Leaving Certificate Examination, 1923
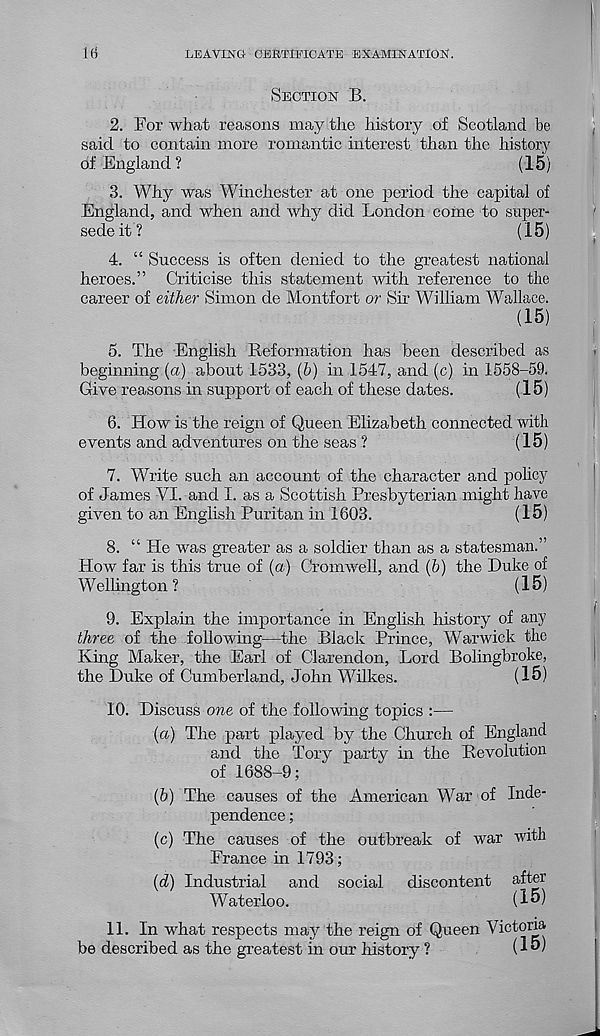
16
LEAVING CERTIFICATE EXAMINATION.
SECTION B.
2. For what reasons may the history of Scotland be
said to contain more romantic interest than the history
of England?
(15)
3. Why was Winchester at one period the capital of
England, and when and why did London come to super-
sede it?
(15)
4. “ Success is often denied to the greatest national
heroes.” Criticise this statement with reference to the
career of either Simon de Montfort or Sir William Wallace.
(15)
5. The English Reformation has been described as
beginning (a) about 1533, (6) in 1547, and (c) in 1558-59.
Give reasons in support of each of these dates.
(15)
6. How is the reign of Queen Elizabeth connected with
events and adventures on the seas ?
(15)
7. Write such an account of the character and policy
of James VI. and I. as a Scottish Presbyterian might have
given to an English Puritan in 1603.
(15)
8. “ He was greater as a soldier than as a statesman.”
How far is this true of (a) Cromwell, and (6) the Duke of
W ellington ?
(15)
9. Explain the importance in English history of any
three of the following—the Black Prince, Warwick the
King Maker, the Earl of Clarendon, Lord Bolingbroke,
the Duke of Cumberland, John Wilkes.
(15)
10. Discuss owe of the following topics :—
(a) The part played by the Church of England
and the Tory party in the Revolution
of 1688-9;
(b) The causes of the American War of Inde-
pendence ;
(c) The causes of the outbreak of war with
France in 1793;
(d) Industrial and social discontent after
Waterloo.
(15)
11. In what respects may the reign of Queen Victoria
be described as the greatest in our history ?
(15)